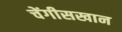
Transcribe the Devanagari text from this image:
चेंगीसखान